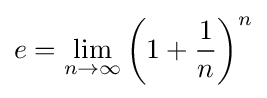
e=\lim _{n\to \infty }\left(1+{\frac {1}{n}}\right)^{n}